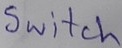
Text: Switch